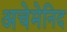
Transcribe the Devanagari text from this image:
अचेमेनिद